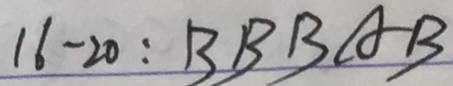
1 6 - 2 0 : B B B A B